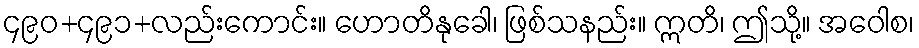
၄၉၀+၄၉၁+လည်းကောင်း။ ဟောတိနုခေါ၊ ဖြစ်သနည်း။ ဣတိ၊ ဤသို့။ အဝေါစ၊